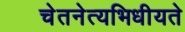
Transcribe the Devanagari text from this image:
चेतनेत्यभिधीयते